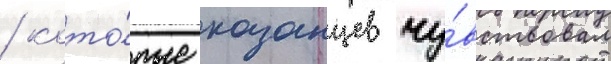
/ кото́рые казанцев чу́вствовал